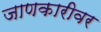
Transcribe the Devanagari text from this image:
जाणकारीवर